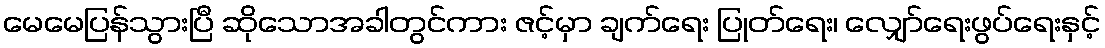
မေမေပြန်သွားပြီ ဆိုသောအခါတွင်ကား ဇင့်မှာ ချက်ရေး ပြုတ်ရေး၊ လျှော်ရေးဖွပ်ရေးနှင့်